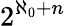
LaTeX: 2^{\aleph_{0}+n}